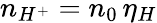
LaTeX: n_{H^{+}}=n_{0}\, \eta_{H}